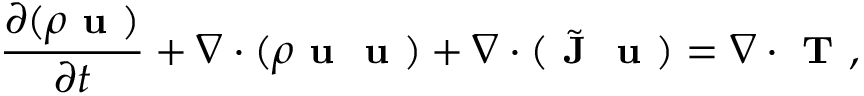
\small \frac { \partial ( \rho \textbf { u } ) } { \partial t } + \nabla \cdot ( \rho \textbf { u } \textbf { u } ) + \nabla \cdot ( \Tilde { \textbf { J } } \textbf { u } ) = \nabla \cdot \textbf { T } ,